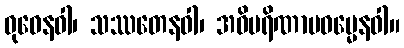
ဓုဝေနဝါ၊ သဿတေနဝါ၊ အဝိပရိဏာမဓမ္မေနဝါ။